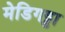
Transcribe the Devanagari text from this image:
मेडिगड्डा